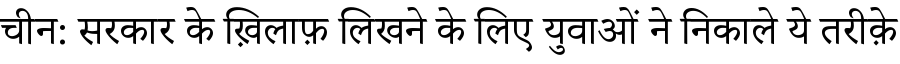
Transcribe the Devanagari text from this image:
चीन: सरकार के ख़िलाफ़ लिखने के लिए युवाओं ने निकाले ये तरीक़े